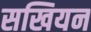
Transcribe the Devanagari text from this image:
सखियन